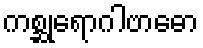
ကစ္ဆုရောဂါဗာဓော